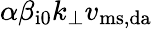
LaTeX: \alpha\beta_{\mathrm{i0}}k_{\perp}v_{\mathrm{ms,da}}